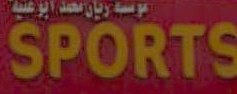
SPORTS